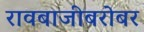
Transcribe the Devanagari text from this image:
रावबाजीबरोबर